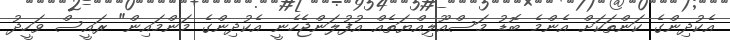
އެކުދިންގެ ކަންތަކަށް އެންމެ ބޮޑު މަސްއޫލިއްޔަތެއް އުފުލަންޖެހެނީ އެކުދިންގެ މަންމައިން" ރައީސް ވަހީދު